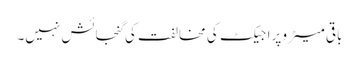
باقی میٹرو پراجیکٹ کی مخالفت کی گنجائش نہیں۔